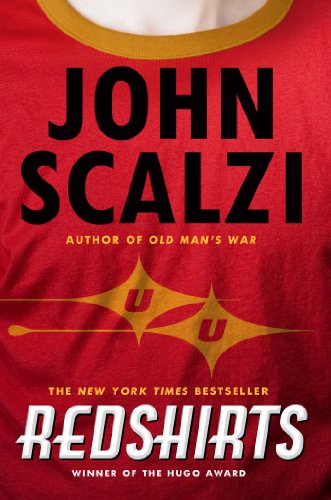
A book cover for Redshirts: A Novel with Three Codas; John Scalzi; Science Fiction & Fantasy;